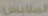
الملابس